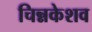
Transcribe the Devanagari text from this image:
चिन्नकेशव